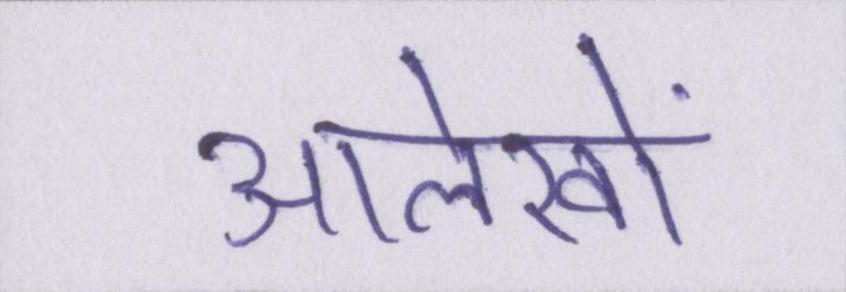
आलेखों